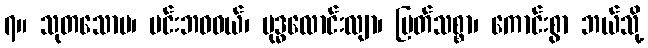
၇။ သုတသောမ၊ မင်းဘဝဝယ်၊ ဗုဒ္ဓလောင်းလျာ၊ မြတ်သစ္စာ၊ ကောင်းစွာ ဘယ်သို့